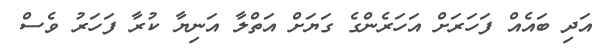
އަދި ބައެއް ފަހަރަށް އަހަރެންގެ ގަޔަށް އަތްލާ އަނިޔާ ކުރާ ފަހަރު ވެސް